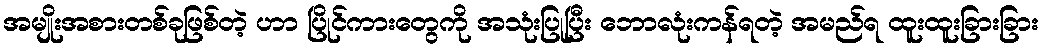
အမျိုးအစားတစ်ခုဖြစ်တဲ့ ဟာ ပြိုင်ကားတွေကို အသုံးပြုပြီး ဘောလုံးကန်ရတဲ့ အမည်ရ ထူးထူးခြားခြား